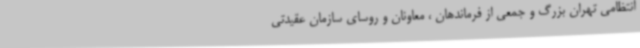
انتظامی تهران بزرگ و جمعی از فرماندهان ، معاونان و روسای سازمان عقیدتی